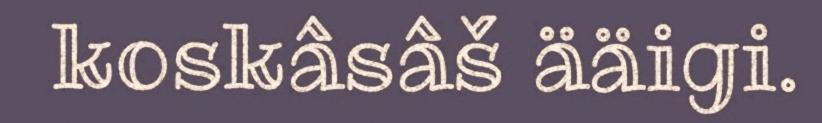
koskâsâš ääigi.